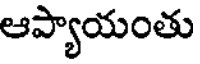
ఆప్యాయంతు